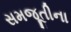
સમજૂતીના